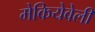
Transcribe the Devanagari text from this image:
मेकियेवेली